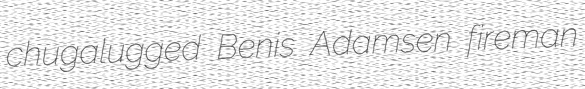
chugalugged Benis Adamsen fireman